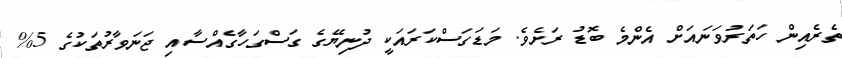
ތެރެއިން ހަތަރުވަނައަށް އެންމެ ބޮޑު ރަށެވެ. މަޑަގަސްކަރައަކީ ދުނިޔޭގެ ގަސްގަހާގެއްސާއި ޖަނަވާރުތަކުގެ 5%